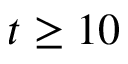
t \geq 1 0